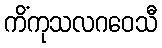
ကိံကုသလဂဝေသီ